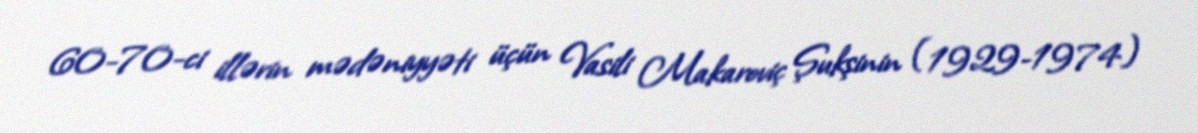
60-70-ci illərin mədəniyyəti üçün Vasili Makaroviç Şukşinin (1929-1974)